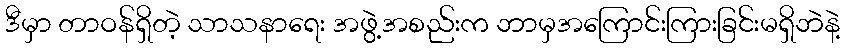
ဒီမှာ တာဝန်ရှိတဲ့ သာသနာရေး အဖွဲ့အစည်းက ဘာမှအကြောင်းကြားခြင်းမရှိဘဲနဲ့